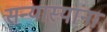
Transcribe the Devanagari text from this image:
सन्यास्यांना